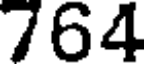
764